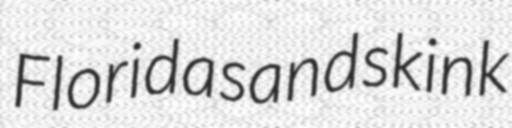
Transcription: Florida sand skink